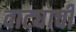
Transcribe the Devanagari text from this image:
वाट्याची